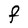
Character: F